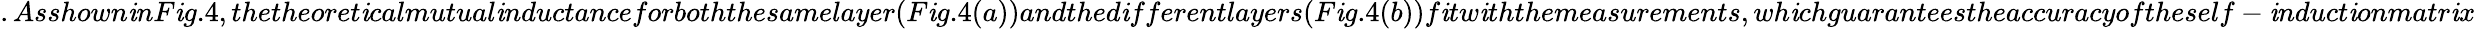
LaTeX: .Asshown\mathit{i}nF\mathit{i}g.4,thetheoret\mathit{i}calmutual\mathit{i}nductanceforboththesamelayer(F\mathit{i}g.4(a))andthed\mathit{i}fferentlayers(F\mathit{i}g.4(b))f\mathit{i}tw\mathit{i}ththemeasurements,wh\mathit{i}chguaranteestheaccuracyoftheself-\mathit{i}nduct\mathit{i}onmatr\mathit{i}x